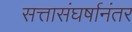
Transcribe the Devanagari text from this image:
सत्तासंघर्षानंतर